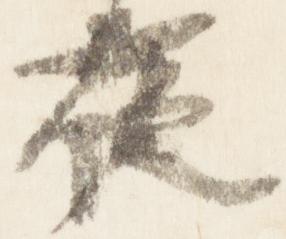
夜